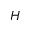
H